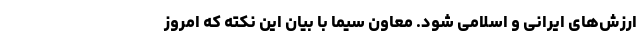
ارزش‌های ایرانی و اسلامی شود. معاون سیما با بیان این نکته که امروز